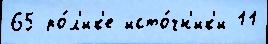
65 ро́л'ик'е исто́чн'ик'и 11